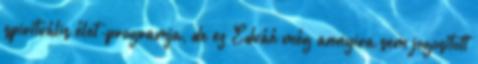
spirituális élet-programja, de ez Eduáé még annyira sem jogosított